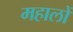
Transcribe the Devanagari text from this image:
महालों